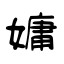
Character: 嫞